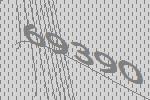
69390